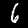
Digit: 6